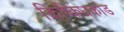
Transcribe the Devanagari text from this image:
किष्किंधकांड